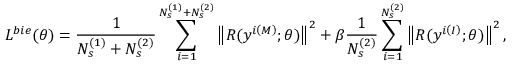
L ^ { b i e } ( \boldsymbol { \theta } ) = \frac { 1 } { N _ { s } ^ { \left( 1 \right) } + N _ { s } ^ { \left( 2 \right) } } \sum _ { i = 1 } ^ { N _ { s } ^ { \left( 1 \right) } + N _ { s } ^ { \left( 2 \right) } } \left\| \boldsymbol { R } ( \boldsymbol { y } ^ { i \left( M \right) } ; \boldsymbol { \theta } ) \right\| ^ { 2 } + \beta \frac { 1 } { N _ { s } ^ { \left( 2 \right) } } \sum _ { i = 1 } ^ { N _ { s } ^ { \left( 2 \right) } } \left\| \boldsymbol { R } ( \boldsymbol { y } ^ { i \left( I \right) } ; \boldsymbol { \theta } ) \right\| ^ { 2 } ,